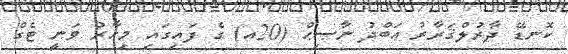
ކޮނޑޭ ދާރުލްޤަރާރު ޢަބްދު ނާޞިޙް (20އ) ގެ ފައިގައި މިހާރު ވަނީ ޓެގް